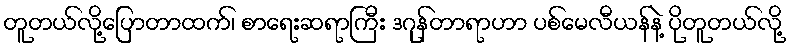
တူတယ်လို့ပြောတာထက်၊ စာရေးဆရာကြီး ဒဂုန်တာရာဟာ ပစ်မေလီယန်နဲ့ ပိုတူတယ်လို့